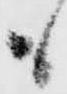
も